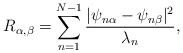
\begin{align*}R_{\alpha,\beta}=\sum_{n=1}^{N-1}\frac{|\psi_{n\alpha}-\psi_{n\beta}|^2}{\lambda_n},\end{align*}